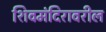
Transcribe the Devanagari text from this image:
शिवमंदिरावरील